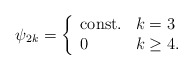
\begin{align*}\psi_{2k}=\left\{\begin{array}{ll}\mbox{const.} & k=3 \\0 & k\geq 4 . \end{array} \right.\end{align*}